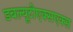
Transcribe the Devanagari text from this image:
डबल्यूटीएक्सएक्स